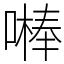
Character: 𠾴